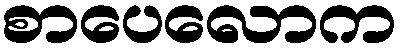
စာပေလောက